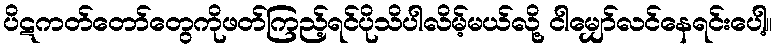
ပိဋကတ်တော်တွေကိုဖတ်ကြည့်ရင်ပိုသိပါလိမ့်မယ်လို့ ငါမျှော်လင်နေရင်းပေါ့။